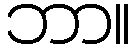
ဘာ။